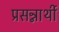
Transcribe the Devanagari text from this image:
प्रसन्नार्थी